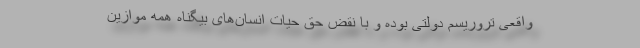
واقعی تروریسم دولتی بوده و با نقض حق حیات انسان‌های بیگناه همه موازین